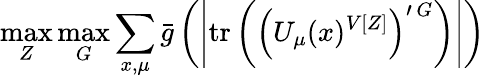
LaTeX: \operatorname*{max}_{Z}\operatorname*{max}_{G}\sum_{x,\mu}\bar{g}\left(\left|\mathrm{tr}\left(\left(U_{\mu}(x)^{V[Z]}\right)^{\prime\, G}\right)\right|\right)